Elephants and their diseases
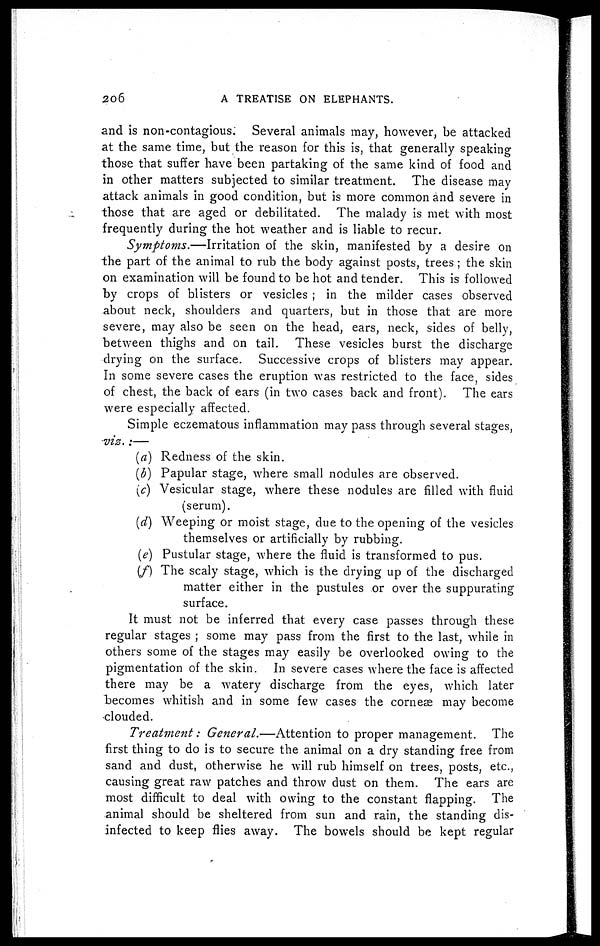
206
A TREATISE ON ELEPHANTS.
and is non-contagious. Several animals may, however, be attacked
at the same time, but the reason for this is, that generally speaking
those that suffer have been partaking of the same kind of food and
in other matters subjected to similar treatment. The disease may
attack animals in good condition, but is more common and severe in
those that are aged or debilitated. The malady is met with most
frequently during the hot weather and is liable to recur.
Symptoms.—Irritation
of the skin, manifested by a desire on
the part of the animal to rub the body against posts, trees ; the skin
on examination will be found to be hot and tender. This is followed
by crops of blisters or vesicles ; in the milder cases observed
about neck, shoulders and quarters, but in those that are more
severe, may also be seen on the head, ears, neck, sides of belly,
between thighs and on tail. These vesicles burst the discharge
drying on the surface. Successive crops of blisters may appear.
In some severe cases the eruption was restricted to the face, sides
of chest, the back of ears (in two cases back and front). The ears
were especially affected.
Simple eczematous inflammation may pass through several stages
viz.:—
(a) Redness of the skin.
(b) Papular stage, where small nodules are observed.
(c) Vesicular stage, where these nodules are filled with fluid
(serum).
(d) Weeping or moist stage, due to the opening of the vesicles
themselves or artificially by rubbing.
(e) Pustular stage, where the fluid is transformed to pus.
(f) The scaly stage, which is the drying up of the discharged
matter either in the pustules or over the suppurating
surface.
It must not be inferred that every case passes through these
regular stages ; some may pass from the first to the last, while in
others some of the stages may easily be overlooked owing to the
pigmentation of the skin. In severe cases where the face is affected
there may be a watery discharge from the eyes, which later
becomes whitish and in some few cases the corneæ may become
clouded.
Treatment:
General.—Attention
to proper management. The
first thing to do is to secure the animal on a dry standing free from
sand and dust, otherwise he will rub himself on trees, posts, etc.,
causing great raw patches and throw dust on them. The ears are
most difficult to deal with owing to the constant flapping. The
animal should be sheltered from sun and rain, the standing dis-
infected to keep flies away. The bowels should be kept regular